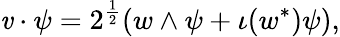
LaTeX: \mathit{v}\cdot\psi=2^{\frac{{1}}{{2}}}(w\wedge\psi+\iota(w^{*})\psi),